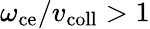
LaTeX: \omega_{\mathrm{ce}}/v_{\mathrm{coll}}>1